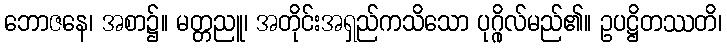
ဘောဇနေ၊ အစာ၌။ မတ္တညူ၊ အတိုင်းအရှည်ကသိသော ပုဂ္ဂိုလ်မည်၏။ ဥပဋ္ဌိတဿတိ၊